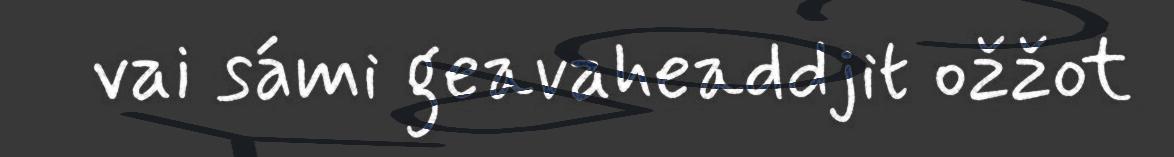
vai sámi geavaheaddjit ožžot